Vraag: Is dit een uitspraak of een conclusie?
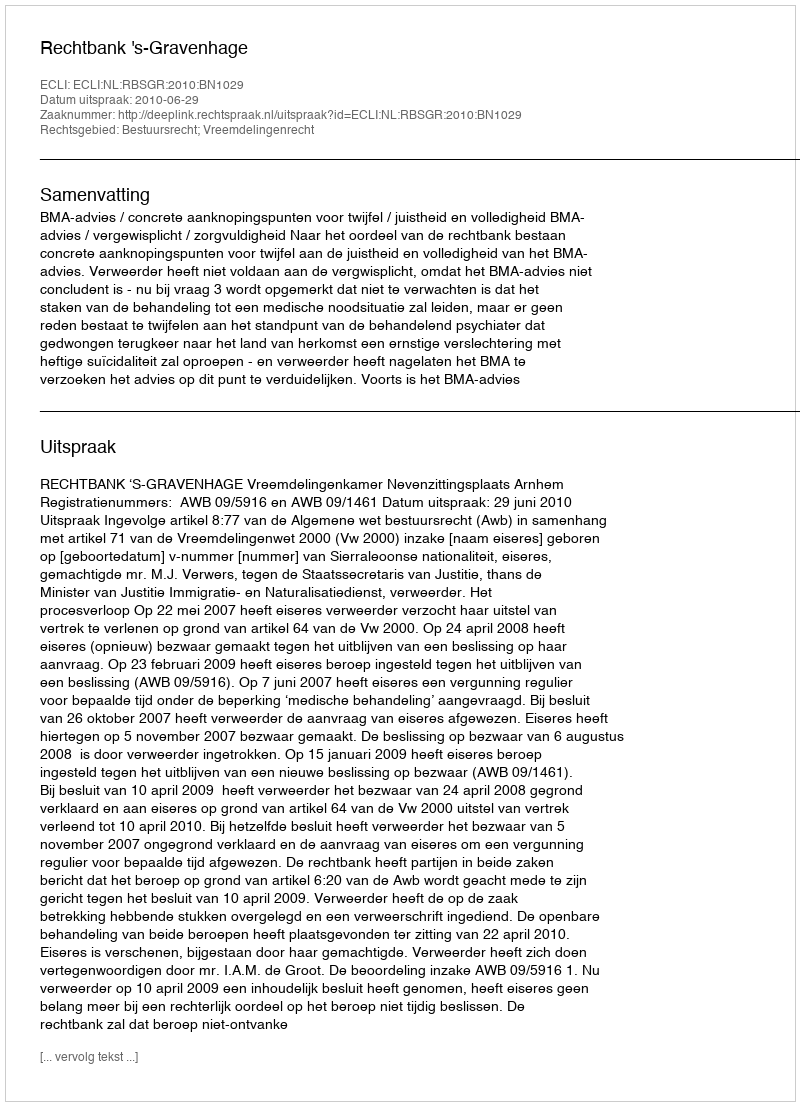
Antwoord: Uitspraak